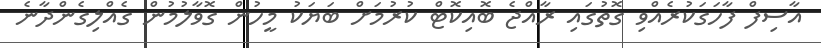
އާސިފް ފާހަގަކުރެއްވި ގޮތުގައި ރާއްޖެ ބޮއިކޮޓް ކުރުމަށް ބަޔަކު މީހުން ގޮވާލުމުން ގެއްލިގެންދާނެ